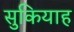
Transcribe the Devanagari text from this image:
सुकियाह